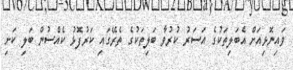
ވައިނޮޅިއަށް އެބަލިތަކުގެ އަސަރު ކުރުވާ ބަލިތަކުގެ ތެރޭގައި ކަރުފޮޅު ކެއްސުން ބަލި ކަށި